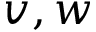
v , w